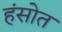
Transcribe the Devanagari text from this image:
हंसोत